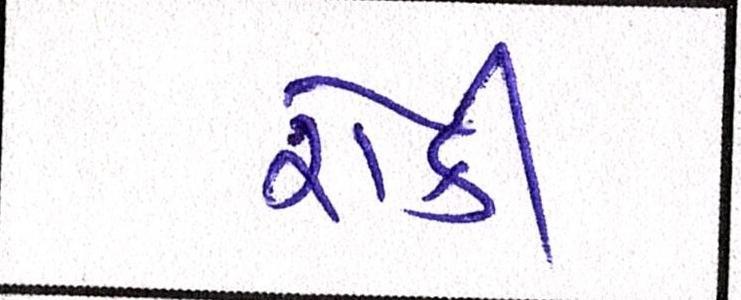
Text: રોકી